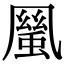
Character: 𠙬